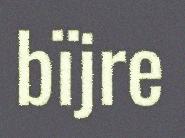
bïjre